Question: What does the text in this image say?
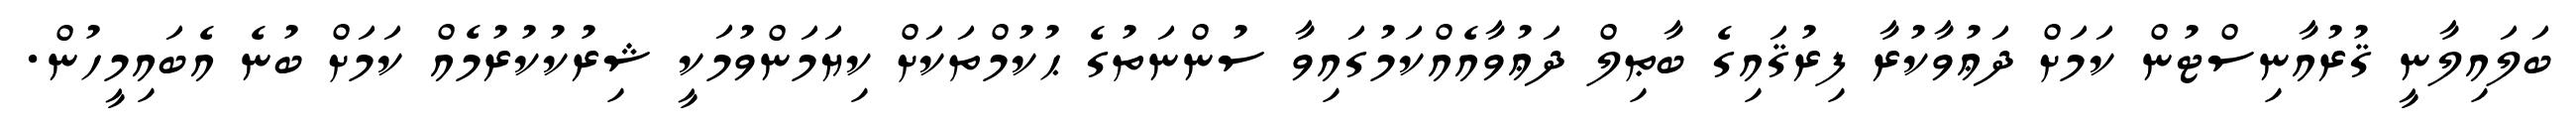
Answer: ބަލައިލާނީ ޤުރުއާނިސްޓުން ކަމަށް ދަޢުވާކުރާ ފިރުޤައިގެ ބާޠިލް ދަޢުވާއެއްކަމުގައިވާ ސުންނަތުގެ ޙުކުމްތަކަށް ކިޔަމަންވުމަކީ ޝިރުކުކުރުމެއް ކަމަށް ބުނެ އެބައިމީހުން.